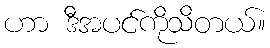
ဟာ ဒီအပင်ကိုသိတယ်။